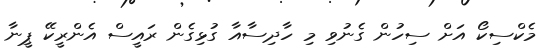
މެކްސިކޯ އަށް ސިހުން ގެނުވި މި ހާދިސާއާ ގުޅިގެން ރައީސް އެންރީކޭ ޕީނާ